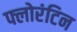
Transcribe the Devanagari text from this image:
फ्लोरंटिन